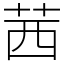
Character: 茜